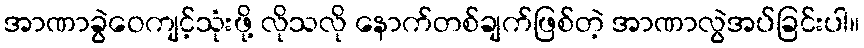
အာဏာခွဲဝေကျင့်သုံးဖို့ လိုသလို နောက်တစ်ချက်ဖြစ်တဲ့ အာဏာလွဲအပ်ခြင်းပါ။